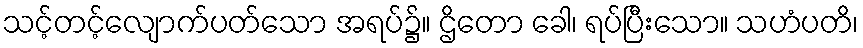
သင့်တင့်လျောက်ပတ်သော အရပ်၌။ ဌိတော ခေါ၊ ရပ်ပြီးသော။ သဟံပတိ၊